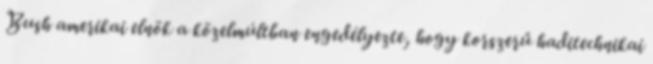
Bush amerikai elnök a közelmúltban engedélyezte, hogy korszerű haditechnikai